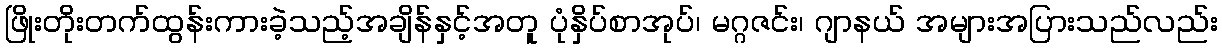
ဖြိုးတိုးတက်ထွန်းကားခဲ့သည့်အချိန်နှင့်အတူ ပုံနှိပ်စာအုပ်၊ မဂ္ဂဇင်း၊ ဂျာနယ် အများအပြားသည်လည်း